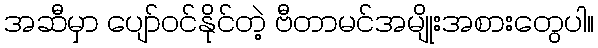
အဆီမှာ ပျော်ဝင်နိုင်တဲ့ ဗီတာမင်အမျိုးအစားတွေပါ။